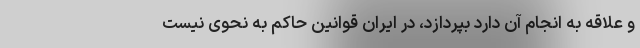
و علاقه به انجام آن دارد بپردازد، در ایران قوانین حاکم به نحوی نیست